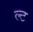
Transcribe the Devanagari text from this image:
ल्ट